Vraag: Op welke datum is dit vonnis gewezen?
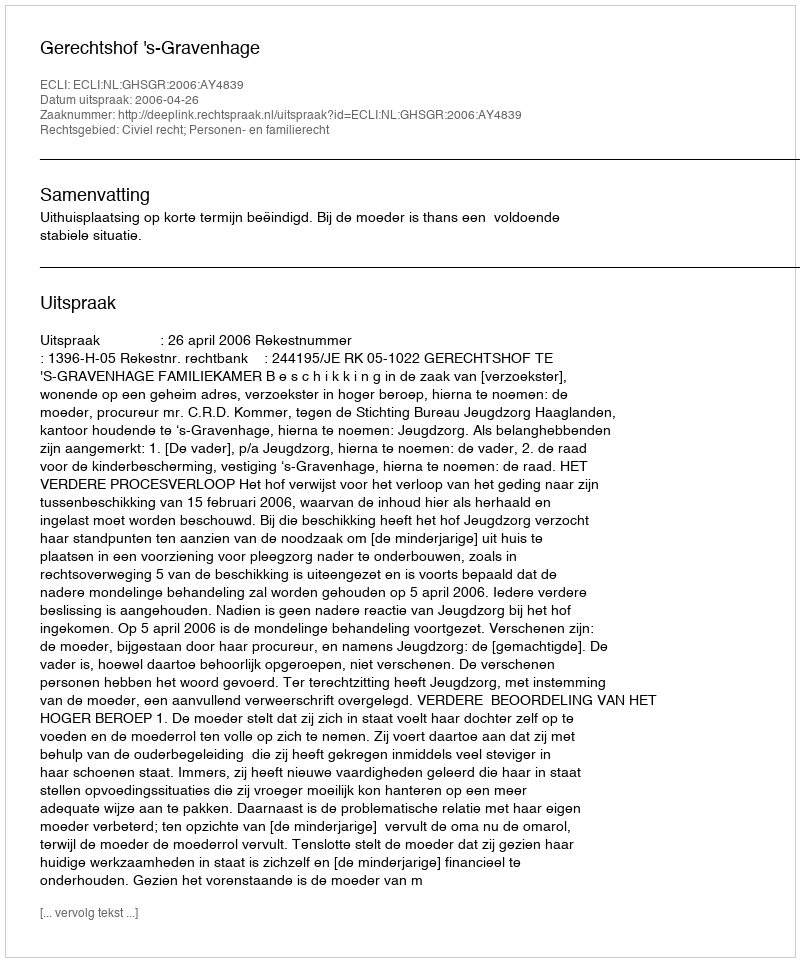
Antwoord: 2006-04-26